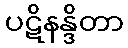
ပဋိနန္ဒိတာ